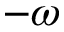
- \omega